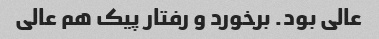
عالی بود. برخورد و رفتار پیک هم عالی